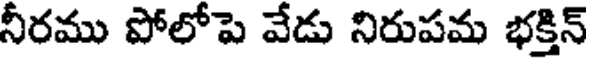
నీరము పోలోపె వేడు నిరుపమ భక్తిన్